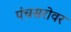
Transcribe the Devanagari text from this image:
पंचसरोवर